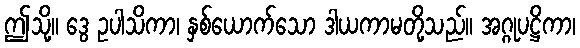
ဤသို့။ ဒွေ ဥပါသိကာ၊ နှစ်ယောက်သော ဒါယကာမတို့သည်။ အဂ္ဂုပဋ္ဌိကာ၊